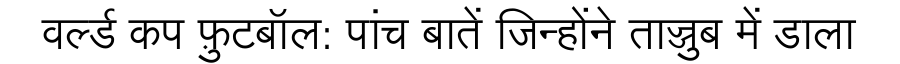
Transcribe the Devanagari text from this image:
वर्ल्ड कप फ़ुटबॉल: पांच बातें जिन्होंने ताज्जुब में डाला